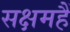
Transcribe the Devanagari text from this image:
सक्षमहैं